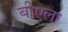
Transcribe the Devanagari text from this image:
बीएला